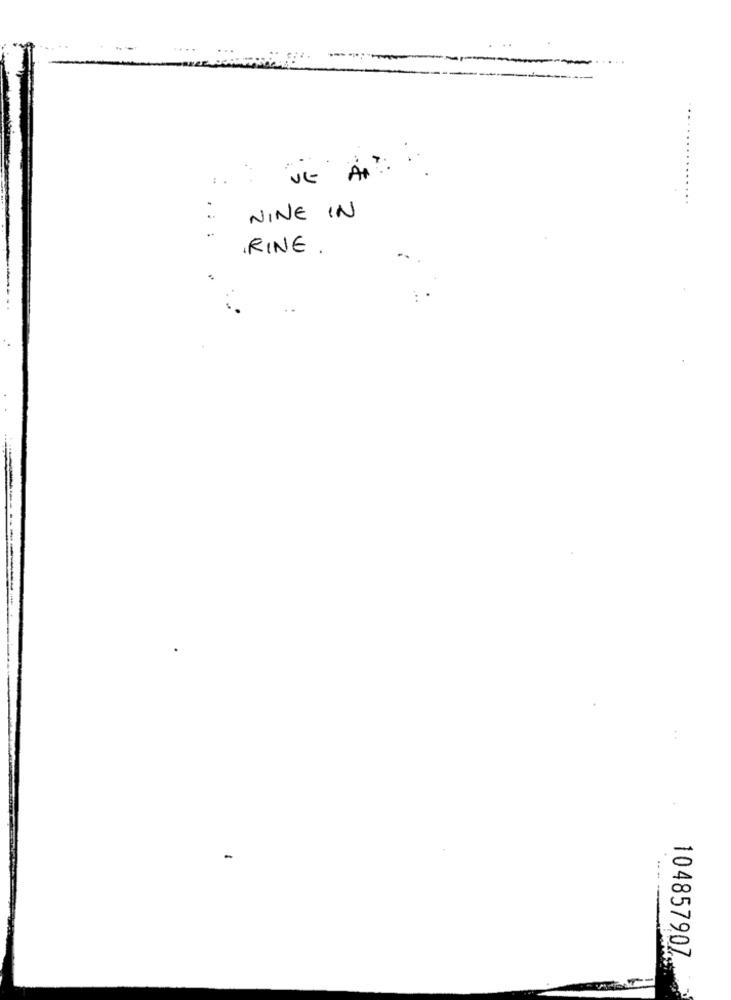
:
..
NINE IN
.RINE.
:
10485790Z